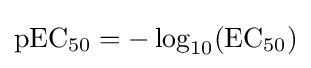
{\ce {pEC50}}=-\log _{10}({\ce {EC50}})